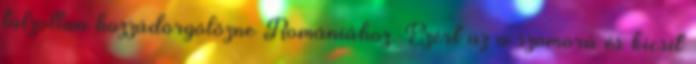
túlzottan hozzádörgölőzne Romániához. Ezért az a szomorú és kicsit